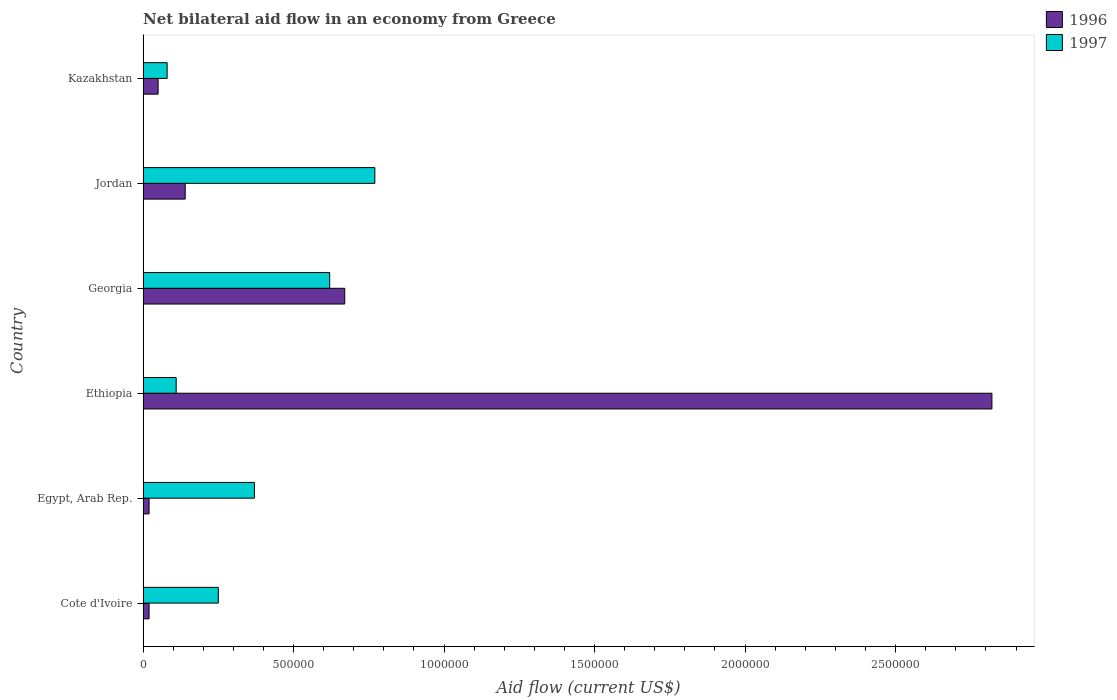
| Country | 1996 | 1997 |
 | --- | --- | --- |
 | Cote d'Ivoire | 2e+04 | 2.5e+05 |
 | Egypt, Arab Rep. | 2e+04 | 3.7e+05 |
 | Ethiopia | 2.82e+06 | 1.1e+05 |
 | Georgia | 6.7e+05 | 6.2e+05 |
 | Jordan | 1.4e+05 | 7.7e+05 |
 | Kazakhstan | 5e+04 | 8e+04 |